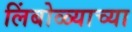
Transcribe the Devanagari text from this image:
लिंबोळ्याच्या